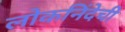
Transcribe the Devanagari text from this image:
लोकनिंदेची